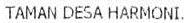
TAMAN DESA HARMONI.